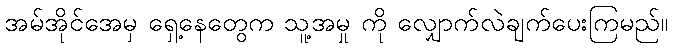
အမ်အိုင်အေမှ ရှေ့နေတွေက သူ့အမှု ကို လျှောက်လဲချက်ပေးကြမည်။